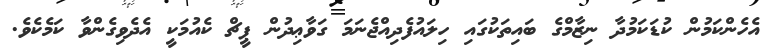
އެހެންކަމުން ކުޑަކަމުދާ ނިޒާމްގެ ބައިތަކުގައި ހިލައުފެދިއްޖެނަމަ ގަވާޢިދުން ޕީޗް ކެއުމަކީ އެދެވިގެންވާ ކަމެކެވެ.